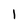
Character: 1